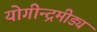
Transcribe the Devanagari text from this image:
योगीन्द्रमीड्यं